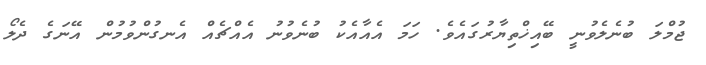
ޖުމްލަ ބުނެލެވުނީ ބޭއިޚްތިޔާރުގައެވެ. ހަމަ އެއާއެކު ބުނެވުނު އެއްޗެއް އެނގުންވުމުން އޭނަގެ ދެލޯ